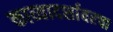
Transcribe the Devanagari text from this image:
काव्यादर्शावरचा